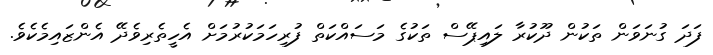
ފަދަ ގުނަވަން ތަކުން ދޫކުރާ ލައިޕޭސް ތަކުގެ މަސައްކަތް ފުރިހަމަކުރުމަށް އެހީތެރިވެދޭ އެންޒައިމެކެވެ.